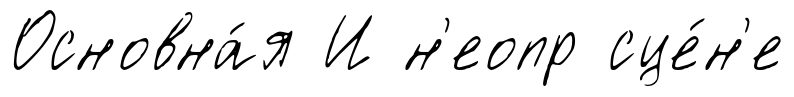
Основна́я И н'еопр сце́н'е